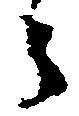
々